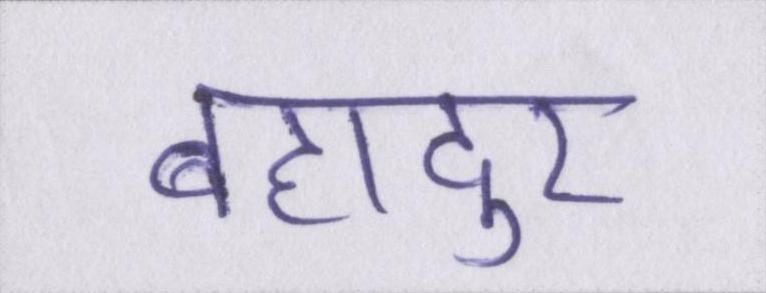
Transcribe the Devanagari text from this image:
बहादुर